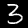
Digit: 3